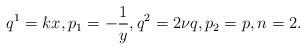
LaTeX: \begin{align*} q^1=kx,p_1=-\frac{1}{y}, q^2=2\nu q,p_2=p, n=2. \end{align*}